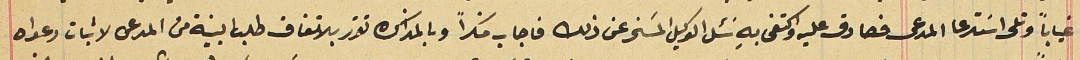
غياباً وتلى اسَتدعا المدعى فصادق عليه واكتفى بهِ سَئل الوكيل المسَخر عن ذلك فاجاب منكراً وبالمذاكره تقرر بالاتفاق طلب البينة من المدعى لاثبات دعواه